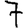
Digit: 7